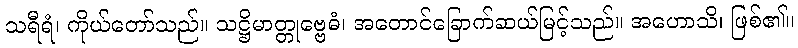
သရီရံ၊ ကိုယ်တော်သည်။ သဋ္ဌိမာတ္တုဗ္ဗေဓံ၊ အတောင်ခြောက်ဆယ်မြင့်သည်။ အဟောသိ၊ ဖြစ်၏။